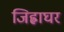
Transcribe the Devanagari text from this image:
जिह्वाघर